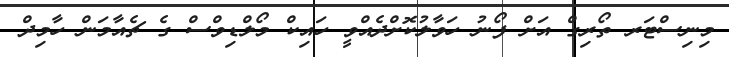
މިނިސްޓަރ ތޯރިގް އަށް ފޯނު ހަވާލުކޮށްދެއްވީ ހައިކް މޯލްޑިވްސް ގެ ޗެއާމަން ހާމިދް